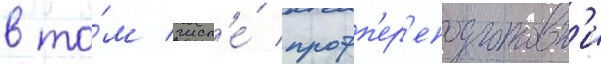
в то́м числ'е́ профп'ер'еподготовк'и